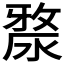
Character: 𣺶